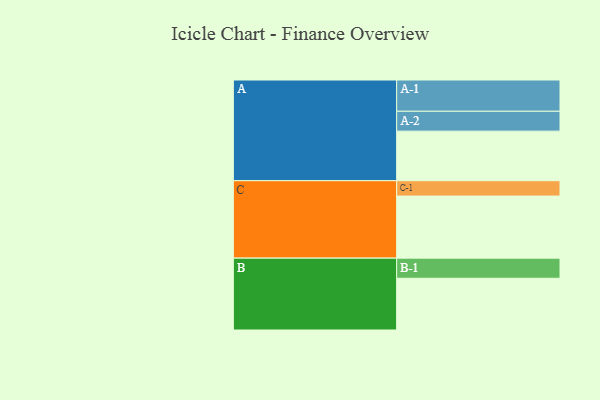
{"axis": {"x": "Segment", "y": "Value"}, "legend": ["", "A", "B", "C"], "data": [{"x": "A", "y": 409, "type": ""}, {"x": "B", "y": 427, "type": ""}, {"x": "C", "y": 512, "type": ""}, {"x": "A-1", "y": 258, "type": "A"}, {"x": "A-2", "y": 164, "type": "A"}, {"x": "B-1", "y": 166, "type": "B"}, {"x": "C-1", "y": 127, "type": "C"}]}